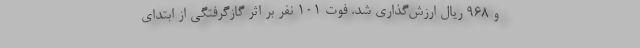
و ۹۶۸ ریال ارزش‌گذاری شد. فوت ١٠١ نفر بر اثر گازگرفتگی از ابتدای